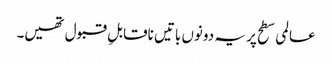
عالمی سطح پر یہ دونوں باتیں ناقابلِ قبول تھیں۔